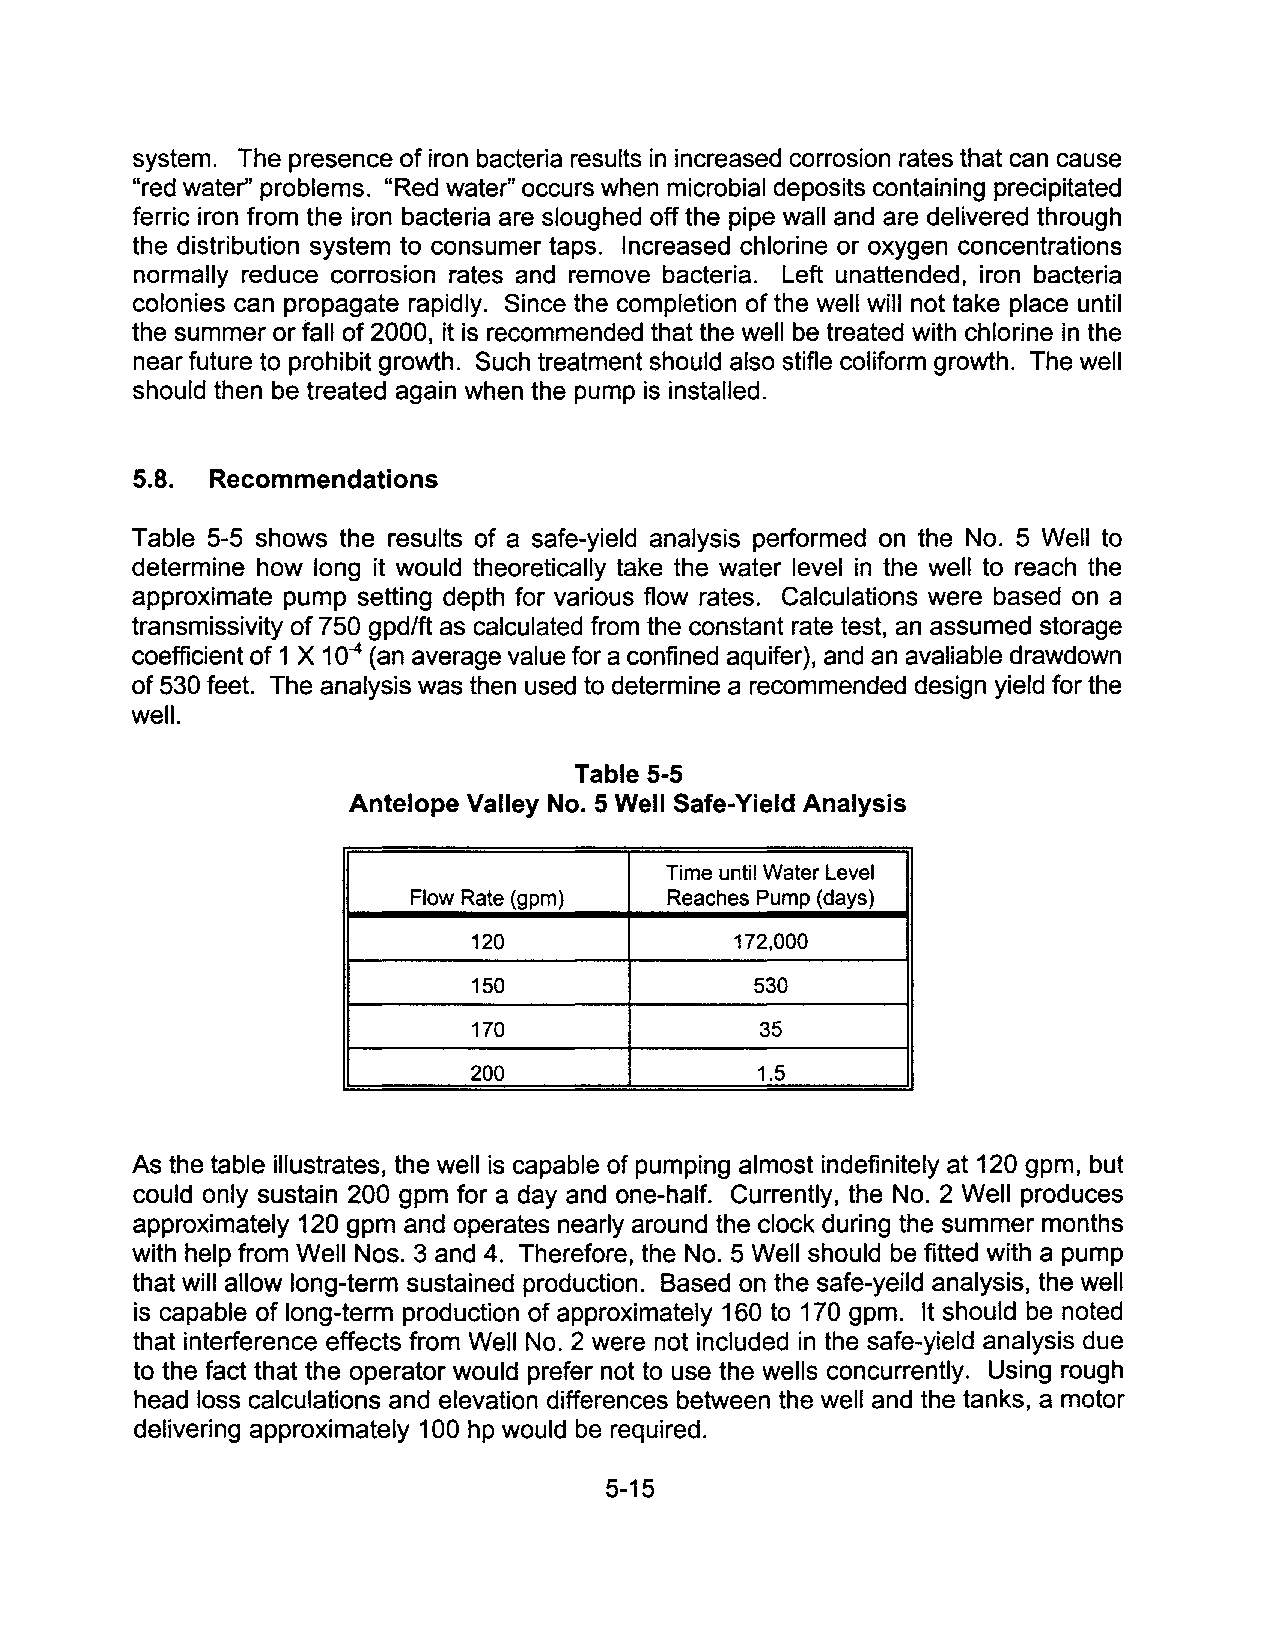
system. The presence of iron bacteria results in increased corrosion rates that can cause
 "red water" problems. "Red water" occurs when microbial deposits containing precipitated
 ferric iron from the iron bacteria are sloughed off the pipe wall and are delivered through
 the distribution system to consumer taps. Increased chlorine or oxygen concentrations
 normally reduce corrosion rates and remove bacteria. Left unattended, iron bacteria
 colonies can propagate rapidly. Since the completion of the well will not take place until
 the summer or fall of 2000, it is recommended that the well be treated with chlorine in the
 near future to prohibit growth. Such treatment should also stifle coliform growth. The well
 should then be treated again when the pump is installed.
 5.8. Recommendations
 Table 5-5 shows the results of a safe-yield analysis performed on the No.5 Well to
 determine how long it would theoretically take the water level in the well to reach the
 approximate pump setting depth for various flow rates. Calculations were based on a
 transmissivity of 750 gpd/ft as calculated from the constant rate test, an assumed storage
 coefficient of 1 X 10-4 (an average value for a confined aquifer), and an avaliable drawdown
 of 530 feet. The analysis was then used to determine a recommended design yield for the
 well.
 Table 5-5
 Antelope Valley No.5 Well Safe-Yield Analysis
 Time until Water Level
 Flow Rate (gpm)  Reaches Pump (days)
 120               172,000
 150                530
 170                35
 200                1.5
 As the table illustrates, the well is capable of pumping almost indefinitely at 120 gpm, but
 could only sustain 200 gpm for a day and one-half. Currently, the No.2 Well produces
 approximately 120 gpm and operates nearly around the clock during the summer months
 with help from Well Nos. 3 and 4. Therefore, the No.5 Well should be fitted with a pump
 that will allow long-term sustained production. Based on the safe-yeild analysis, the well
 is capable of long-term production of approximately 160 to 170 gpm. It should be noted
 that interference effects from Well No.2 were not included in the safe-yield analysis due
 to the fact that the operator would prefer not to use the wells concurrently. Using rough
 head loss calculations and elevation differences between the well and the tanks, a motor
 delivering approximately 100 hp would be required.
 5-15